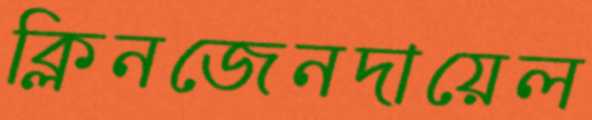
ক্লিনজেনদায়েল